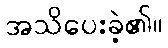
အသိပေးခဲ့၏။